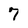
Character: 7